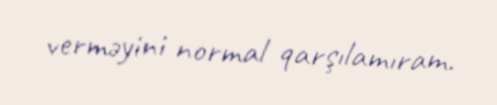
verməyini normal qarşılamıram.